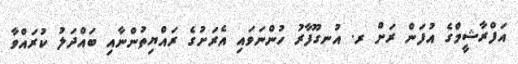
އަފްރާޝީމްގެ އުފަން ރަށް ރ. އުނގޫފާރު ހުންނަވައި އެރަށުގެ ރައްޔިތުންނާއި ބައްދަލު ކުރައްވާ